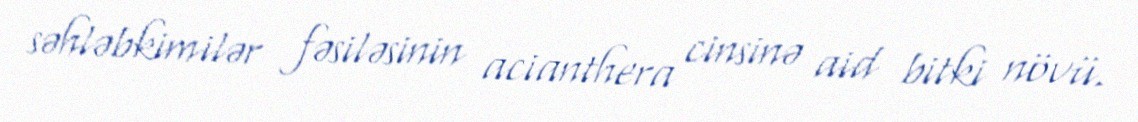
səhləbkimilər fəsiləsinin acianthera cinsinə aid bitki növü.